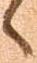
へ